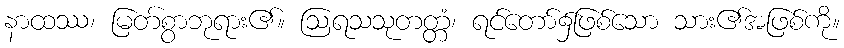
နာထဿ၊ မြတ်စွာဘုရား၏။ ဩရသသုတတ္တံ၊ ရင်တော်၌ဖြစ်သော သား၏အဖြစ်ကို။